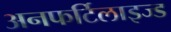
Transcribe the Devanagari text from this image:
अनफर्टिलाइज्ड